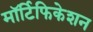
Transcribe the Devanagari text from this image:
मॉर्टिफिकेशन